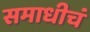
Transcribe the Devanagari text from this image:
समाधीचं